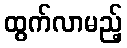
ထွက်လာမည့်